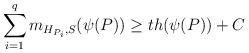
LaTeX: \begin{align*}\sum_{i=1}^q m_{H_{P_i},S}(\psi(P))\geq th(\psi(P))+C\end{align*}